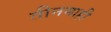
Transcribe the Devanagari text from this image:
तीनमाही